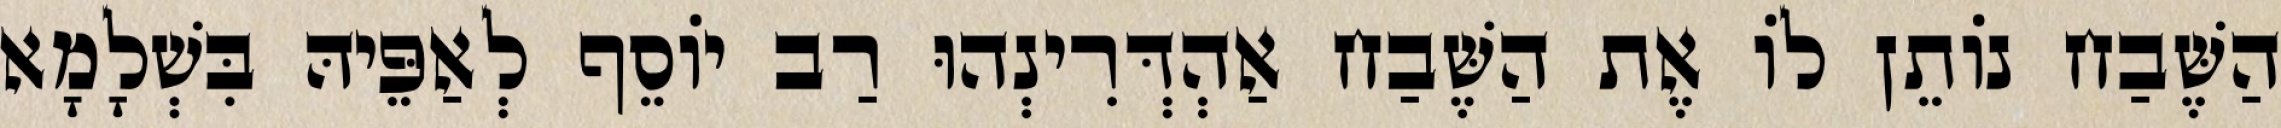
הַשֶּׁבַח נוֹתֵן לוֹ אֶת הַשֶּׁבַח אַהְדְּרִינְהוּ רַב יוֹסֵף לְאַפֵּיהּ בִּשְׁלָמָא